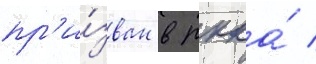
пр'и́зван в ркка́ /